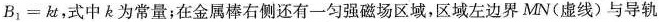
$$B _ { 1 } = k t$$，式中k为常量；在金属棒右侧还有一匀强磁场区域，区域左边界MN(虚线)与导轨